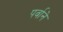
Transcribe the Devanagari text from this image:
पर्वाने